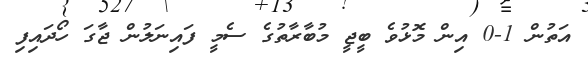
އަތުން 1-0 އިން މޮޅުވެ ބީޖީ މުބާރާތުގެ ސެމީ ފައިނަލުން ޖާގަ ހޯދައިފި